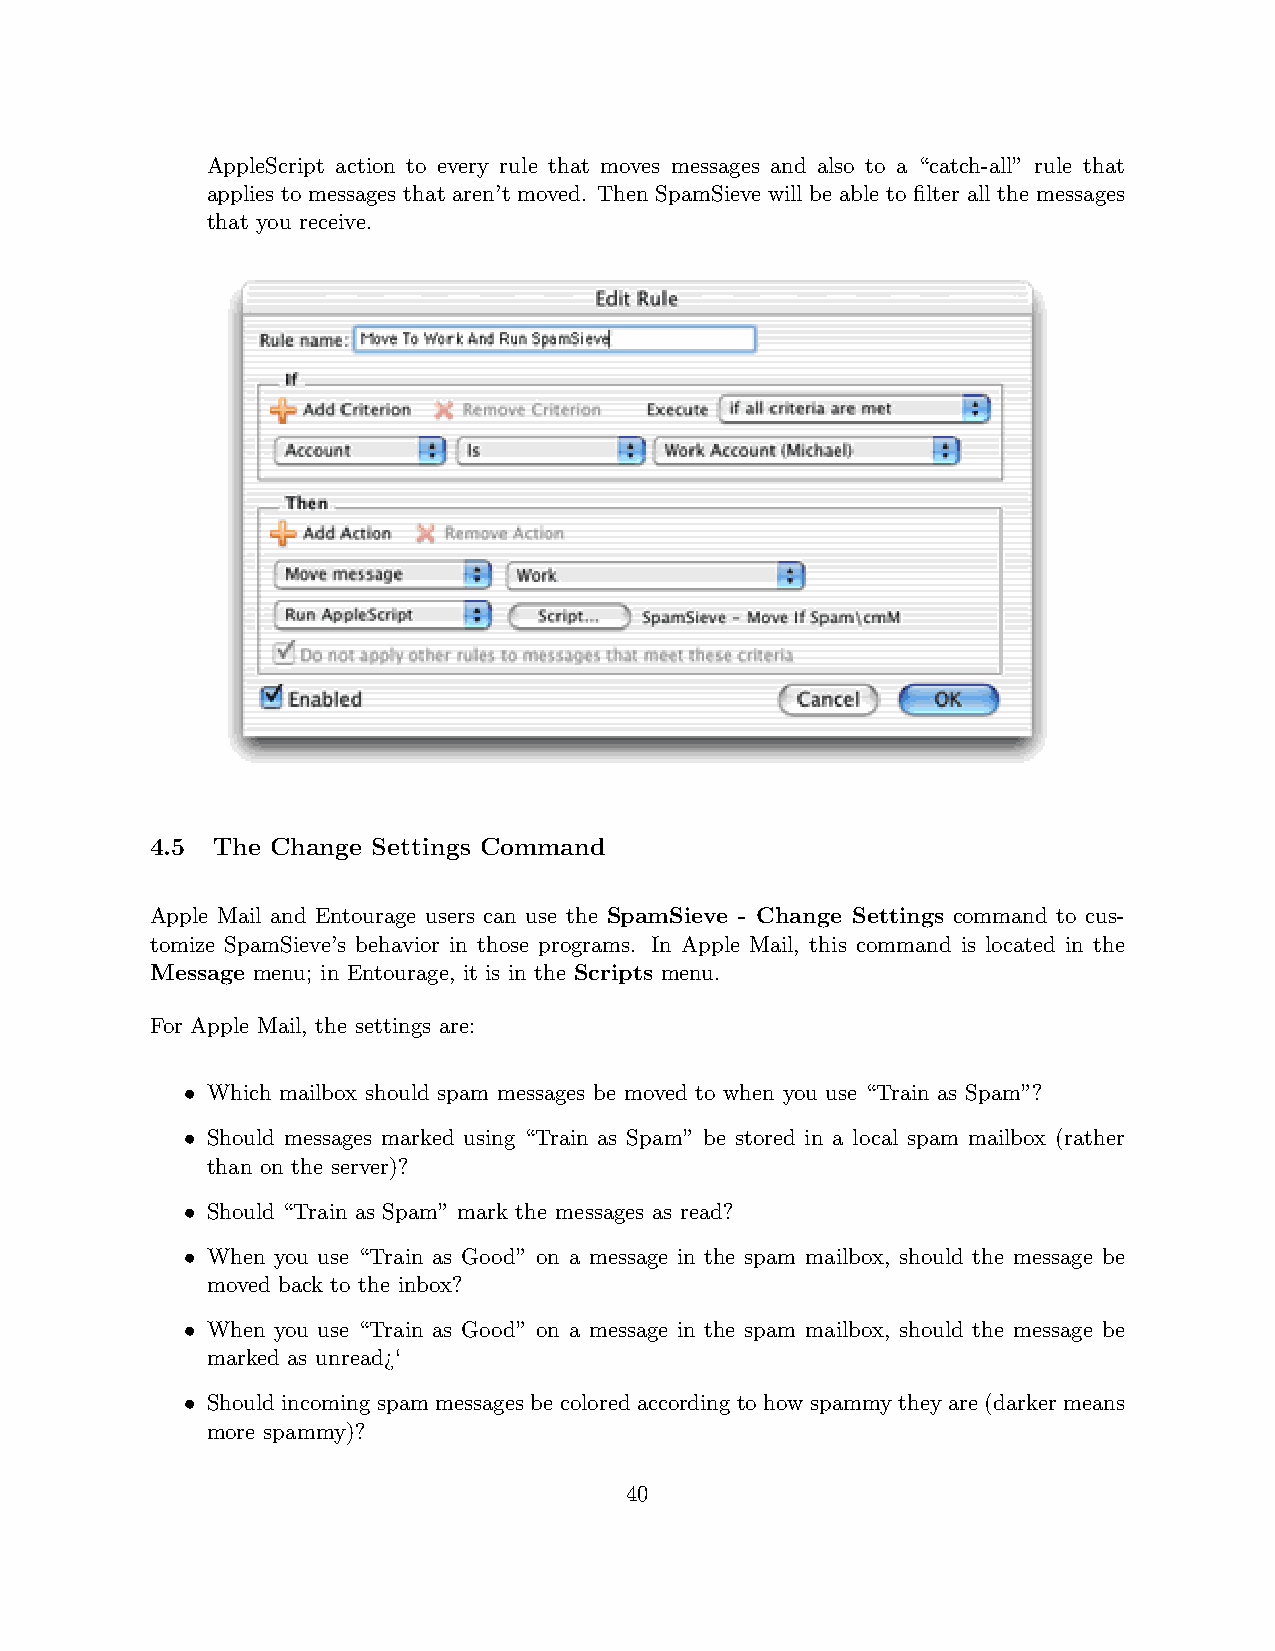
AppleScript action to every rule that moves messages and also to a “catch-all” rule that
 applies to messages that aren’t moved. Then SpamSieve will be able to filter all the messages
 that you receive.
 4.5 The Change Settings Command
 Apple Mail and Entourage users can use the SpamSieve - Change Settings command to cus-
 tomize SpamSieve’s behavior in those programs. In Apple Mail, this command is located in the
 Message menu; in Entourage, it is in the Scripts menu.
 For Apple Mail, the settings are:
 • Which mailbox should spam messages be moved to when you use “Train as Spam”?
 • Should messages marked using “Train as Spam” be stored in a local spam mailbox (rather
 than on the server)?
 • Should “Train as Spam” mark the messages as read?
 • When you use “Train as Good” on a message in the spam mailbox, should the message be
 moved back to the inbox?
 • When you use “Train as Good” on a message in the spam mailbox, should the message be
 marked as unread¿‘
 • Shouldincomingspammessagesbecoloredaccordingtohowspammytheyare(darkermeans
 more spammy)?
 40